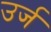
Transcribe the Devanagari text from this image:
उर्ज